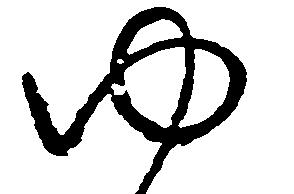
ゆ